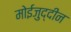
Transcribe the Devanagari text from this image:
मोईजुद्दीन